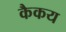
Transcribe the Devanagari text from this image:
कैकय